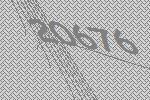
20676